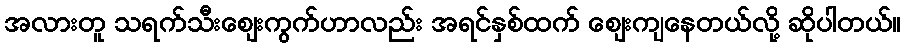
အလားတူ သရက်သီးဈေးကွက်ဟာလည်း အရင်နှစ်ထက် ဈေးကျနေတယ်လို့ ဆိုပါတယ်။